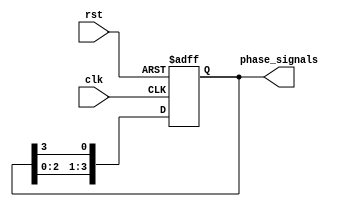
module multi_phase_clock_divider (
  input clk,
  input rst,
  output reg [N-1:0] phase_signals
);
  parameter N = 4; // Number of phases
  reg [N-1:0] counter;
  
  always @ (posedge clk or posedge rst) begin
    if (rst) begin
      counter <= 0;
      phase_signals <= 0;
    end else begin
      counter <= counter + 1;
      phase_signals <= {phase_signals[N-2:0], phase_signals[N-1]};
    end
  end
endmodule